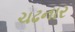
ચઢનાર